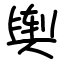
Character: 舆